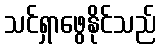
သင်ရှာဖွေနိုင်သည်